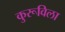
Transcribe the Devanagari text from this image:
कुरूविला